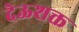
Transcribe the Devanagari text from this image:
देऊशक्त